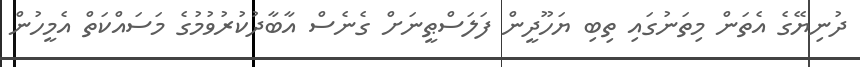
ދުނިޔޭގެ އެތަން މިތަނުގައި ތިބި ޔަހޫދީން ފަލަސްޠީނަށް ގެނެސް އާބާދުކުރުވުމުގެ މަސައްކަތް އެމީހުން